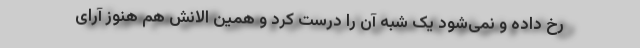
رخ داده و نمی‌شود یک شبه آن را درست کرد و همین الانش هم هنوز آرای